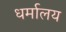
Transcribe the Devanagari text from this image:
धर्मालय